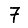
Digit: 7